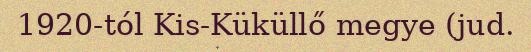
1920-tól Kis-Küküllő megye (jud.